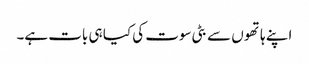
اپنے ہاتھوں سے بٹی سوت کی کیا ہی بات ہے۔